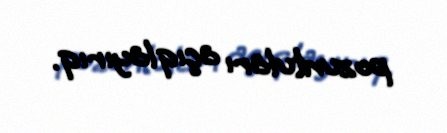
pozuntuları açıqlayırıq.